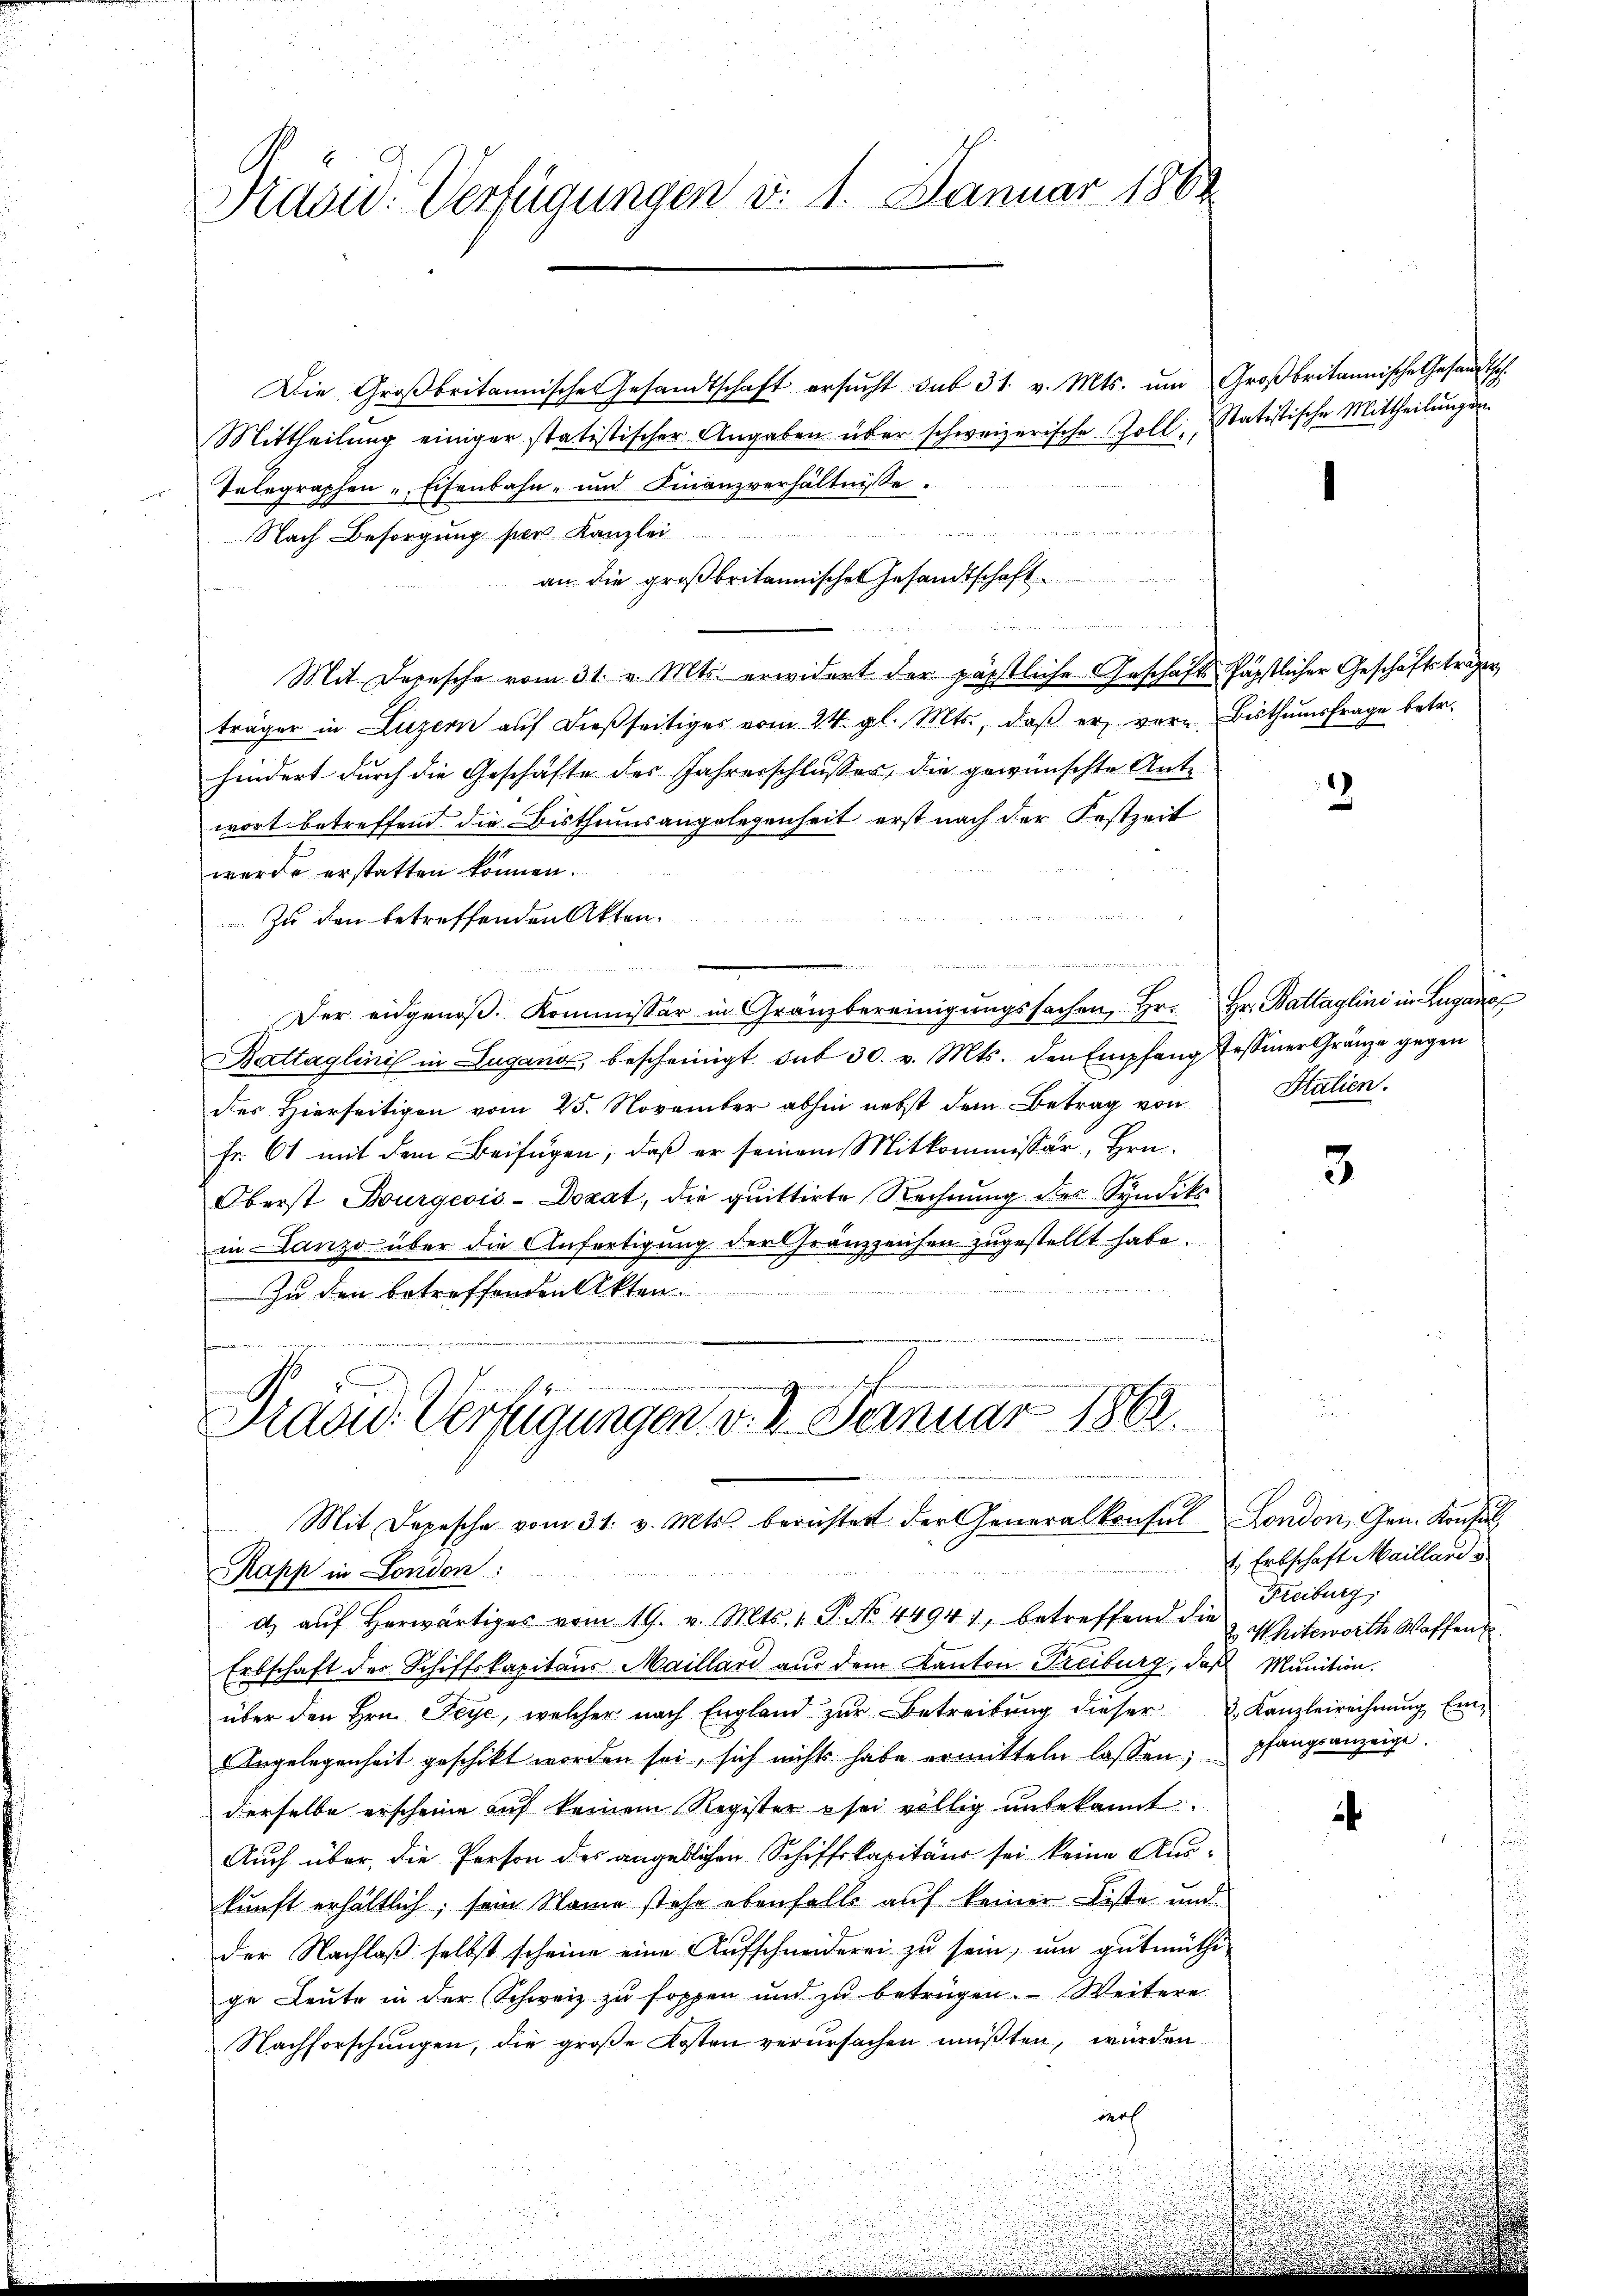
Kasw. Verfügungen d. 1. Januar 1868

Die Großbritannische Gesandtschaft ersucht sub 31. v. Mts. um Großbritannische Gesandtsch.
Mittheilŭng einiger statistischer Angaben über schweizerische Zoll, Statistische Mittheilŭngen
Telegraphen „Eisenbahn- und Finanzverhältnisse.
u

Nach Besorgung per Kanzlei
an die großbritannischen Gesandtschaft
Mit Depesche vom 31. v. Mts. erwidert der päpstliche Geschäft päpstlicher Geschäftsträger
träger in Luzern aŭf dießseitiges vom 24. gl. Mts., daβ er ver- Bisthumsfrage betr.
hindert durch die Geschäfte des Jahresschlusser, die gewünschte Ante
wort betreffend die Bisthumsangelegenheit erst nach der Festzeit
werde erstatten können.
Zu den betreffenden Akten.
u
Der eidgenöβ. Kommissär in Gränzbereinigŭngssachen, Hr. Hr. Battaglini in Lugang
Battaglinis in Lugano, bescheinigt sub 30. v. Mts. den Empfang Tessiner Gränze gegen
des Hierseitigen vom 25. November abhin nebst dem Betrag von
Fr. 61 mit dem Beifügen, daß er seinem Mitkommissär, Hrn.
Oberst Burgeois-Dozat, die quittirte Rechnung des Syndiks
in Lanzo über die Anfertigung der Gränzzeichen zugestellt habe.
Zu den betreffenden Akten.

Präsid. Verfügungen v. 3. Fernuar 1862.
u
Mit Depesche vom 31. v. Mts. berichtet der Generalkonsul London, Gen. Konsul

Rapp in London:
d aŭf herwärtiges vom 19. v. Mts. 1 P. No. 4494), betreffend die Mitworth Waffen u.
Erbschaft der Schiffskapitaus Maillard aŭs dem Kanton Treiburg, das Munition.
über den Hrn. Peye, welcher nach England zŭr Betreibŭng dieser 2. Kanzleirechnung Ein¬
Angelegenheit geschikt worden sei, sich nicht habe ermitteln lassen; pfangsanzeige.
derselbe erscheine auf keinem Register sei völlig unbekannt:
Auch über, die Person des angeblichen Schiffskapitäur sei keine Auskunft erhältlich, sein Name stehe ebenfalls auf keiner Liste und
der Nachlaß selbst scheine eine Aufschneiderei zu sein, um gutmüthige Leute in der Schweiz zu soppen und zu betrügen. Weitere
Nachforschungen, die große Kosten verursachen müßten, würden
der

2

Italien.

3

E Erbschaft Mailland u.
Freiburg,

a